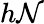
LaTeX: h\mathcal{N}